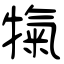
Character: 犔